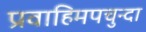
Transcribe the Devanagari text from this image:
प्रवाहिमपचुन्दा